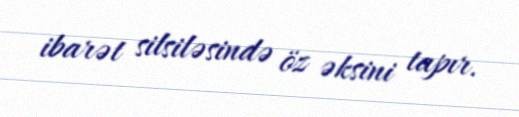
ibarət silsiləsində öz əksini tapır.